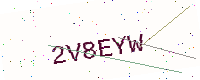
Text: 2V8EYW